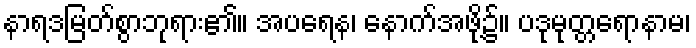
နာရဒမြတ်စွာဘုရား၏။ အပရေန၊ နောက်အဖို့၌။ ပဒုမုတ္တရောနာမ၊